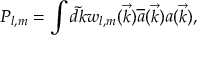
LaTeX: P _ { l , m } = \int { \tilde { d k } } w _ { l , m } ( \vec { k } ) { \overline { { { a } } } } ( \vec { k } ) a ( \vec { k } ) ,